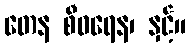
တေန စီဝရေန၊ နှင့်။